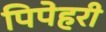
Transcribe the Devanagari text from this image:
पिपेहरी